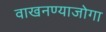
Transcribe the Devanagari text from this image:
वाखनण्याजोगा